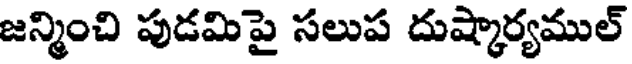
జన్మించి పుడమిపై సలుప దుష్కార్యముల్